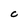
Character: C